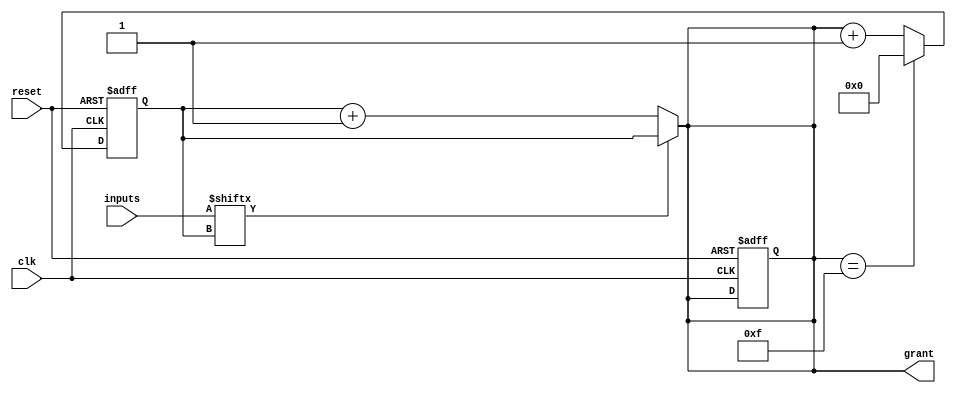
module round_robin_arbiter (
  input wire clk, // Clock signal
  input wire reset, // Reset signal
  input wire [3:0] inputs, // Multiple competing input signals
  output reg [3:0] grant // Output signal granting access to one of the inputs
);

// Internal registers
reg [3:0] next_grant;

// Round-robin scheduling logic
always @(posedge clk or posedge reset) begin
  if (reset) begin
    grant <= 4'b0000; // Reset grant signal
    next_grant <= 4'b0000; // Reset next grant signal
  end else begin
    if (grant == 4'b1111) begin
      next_grant <= 4'b0000; // Restart cycle
    end else begin
      next_grant <= grant + 1; // Cycle through inputs
    end
  end
end

// Update grant signal
always @(*) begin
  if (inputs[next_grant] == 1'b1) begin
    grant <= next_grant; // Grant access to next input
  end else begin
    grant <= next_grant + 1; // Skip input if not valid
  end
end

endmodule